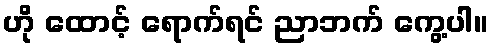
ဟို ထောင့် ရောက်ရင် ညာဘက် ကွေ့ပါ။